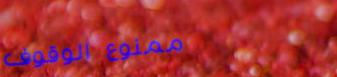
ممنوع الوقوف